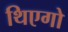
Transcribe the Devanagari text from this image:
थिएगो